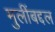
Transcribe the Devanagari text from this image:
मुलींबद्दल